画像に写った文字を読んでください
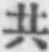
「共」と書いてあります